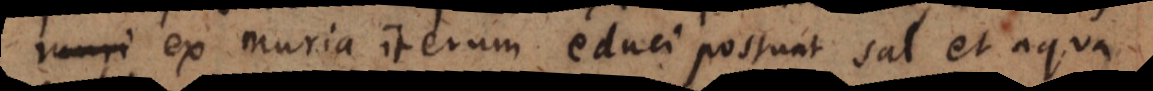
us ex muria iterum educi possunt sal et aqua